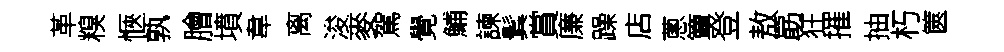
革糗愜孰膾墳韋离浚麥駕覺鯆諫鬂賞廉躁店蔥簟登敖勗狂摧抽朽篋